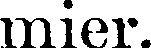
mier.